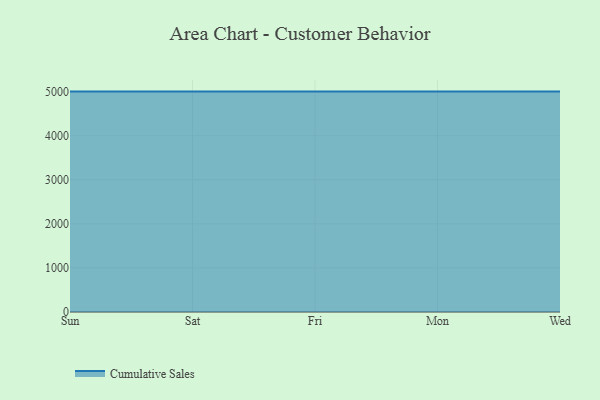
{"axis": {"x": "Day", "y": "Website Visitors"}, "legend": ["Cumulative Sales"], "data": [{"x": "Sun", "y": 5000, "type": "Cumulative Sales"}, {"x": "Sat", "y": 5000, "type": "Cumulative Sales"}, {"x": "Fri", "y": 5000, "type": "Cumulative Sales"}, {"x": "Mon", "y": 5000, "type": "Cumulative Sales"}, {"x": "Wed", "y": 5000, "type": "Cumulative Sales"}]}